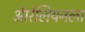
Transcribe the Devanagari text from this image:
ऑरेलियनला